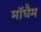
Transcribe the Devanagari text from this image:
मॉघैम